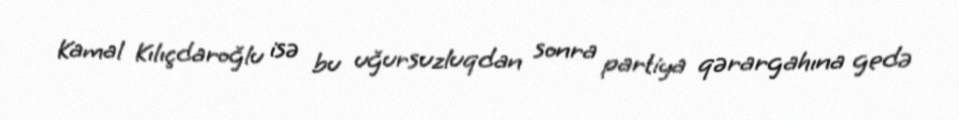
Kamal Kılıçdaroğlu isə bu uğursuzluqdan sonra partiya qərargahına gedə